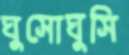
ঘুসোঘুসি